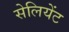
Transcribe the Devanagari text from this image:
सेलियेंट